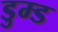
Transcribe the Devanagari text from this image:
डुम्ड